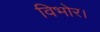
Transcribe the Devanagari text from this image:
विभोर।